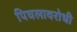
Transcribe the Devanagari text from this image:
पिघलावरोधी